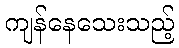
ကျန်နေသေးသည့်